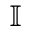
\mathbb { I }